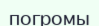
погромы